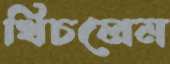
খিচলেম